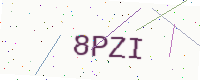
Text: 8PZI